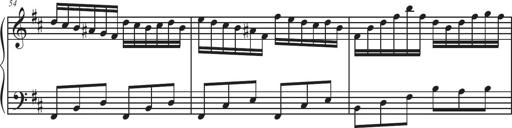
Title: Sonatina Espania
Composer: Jerald Franklin Archer
Key: Various